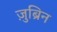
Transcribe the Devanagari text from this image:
ज़ुब्रिन